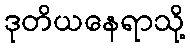
ဒုတိယနေရာသို့